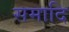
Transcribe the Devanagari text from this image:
समादि